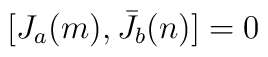
[ J_a(m), \bar J_b (n)] = 0